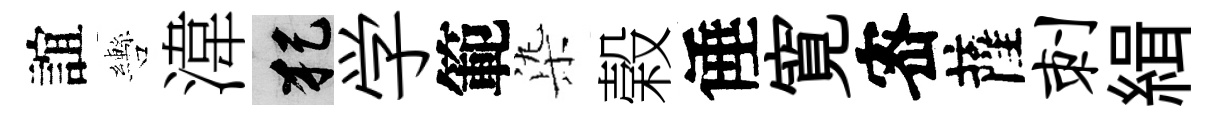
誼轡湋犯学範𣑱榖倕寛宻薩刺緝